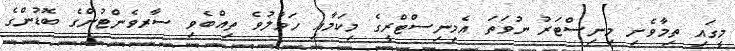
މީގައި ތިމާވެށި މިނިސްޓަރު ނުވަތަ އެމިނިސްޓްރީގެ މިކަމާއި ހަވާލުވެ ތިއްބެވި ސާރވެންޓުންގެ ބޮޑުންގެ